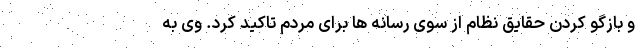
و بازگو کردن حقایق نظام از سوی رسانه ها برای مردم تاکید کرد. وی به